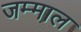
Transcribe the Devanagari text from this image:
जम्माल